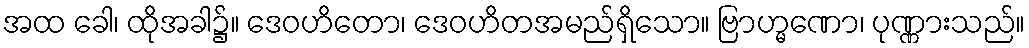
အထ ခေါ၊ ထိုအခါ၌။ ဒေဝဟိတော၊ ဒေဝဟိတအမည်ရှိသော။ ဗြာဟ္မဏော၊ ပုဏ္ဏားသည်။